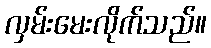
လှမ်းမေးလိုက်သည်။